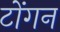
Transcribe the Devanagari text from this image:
टोंगन